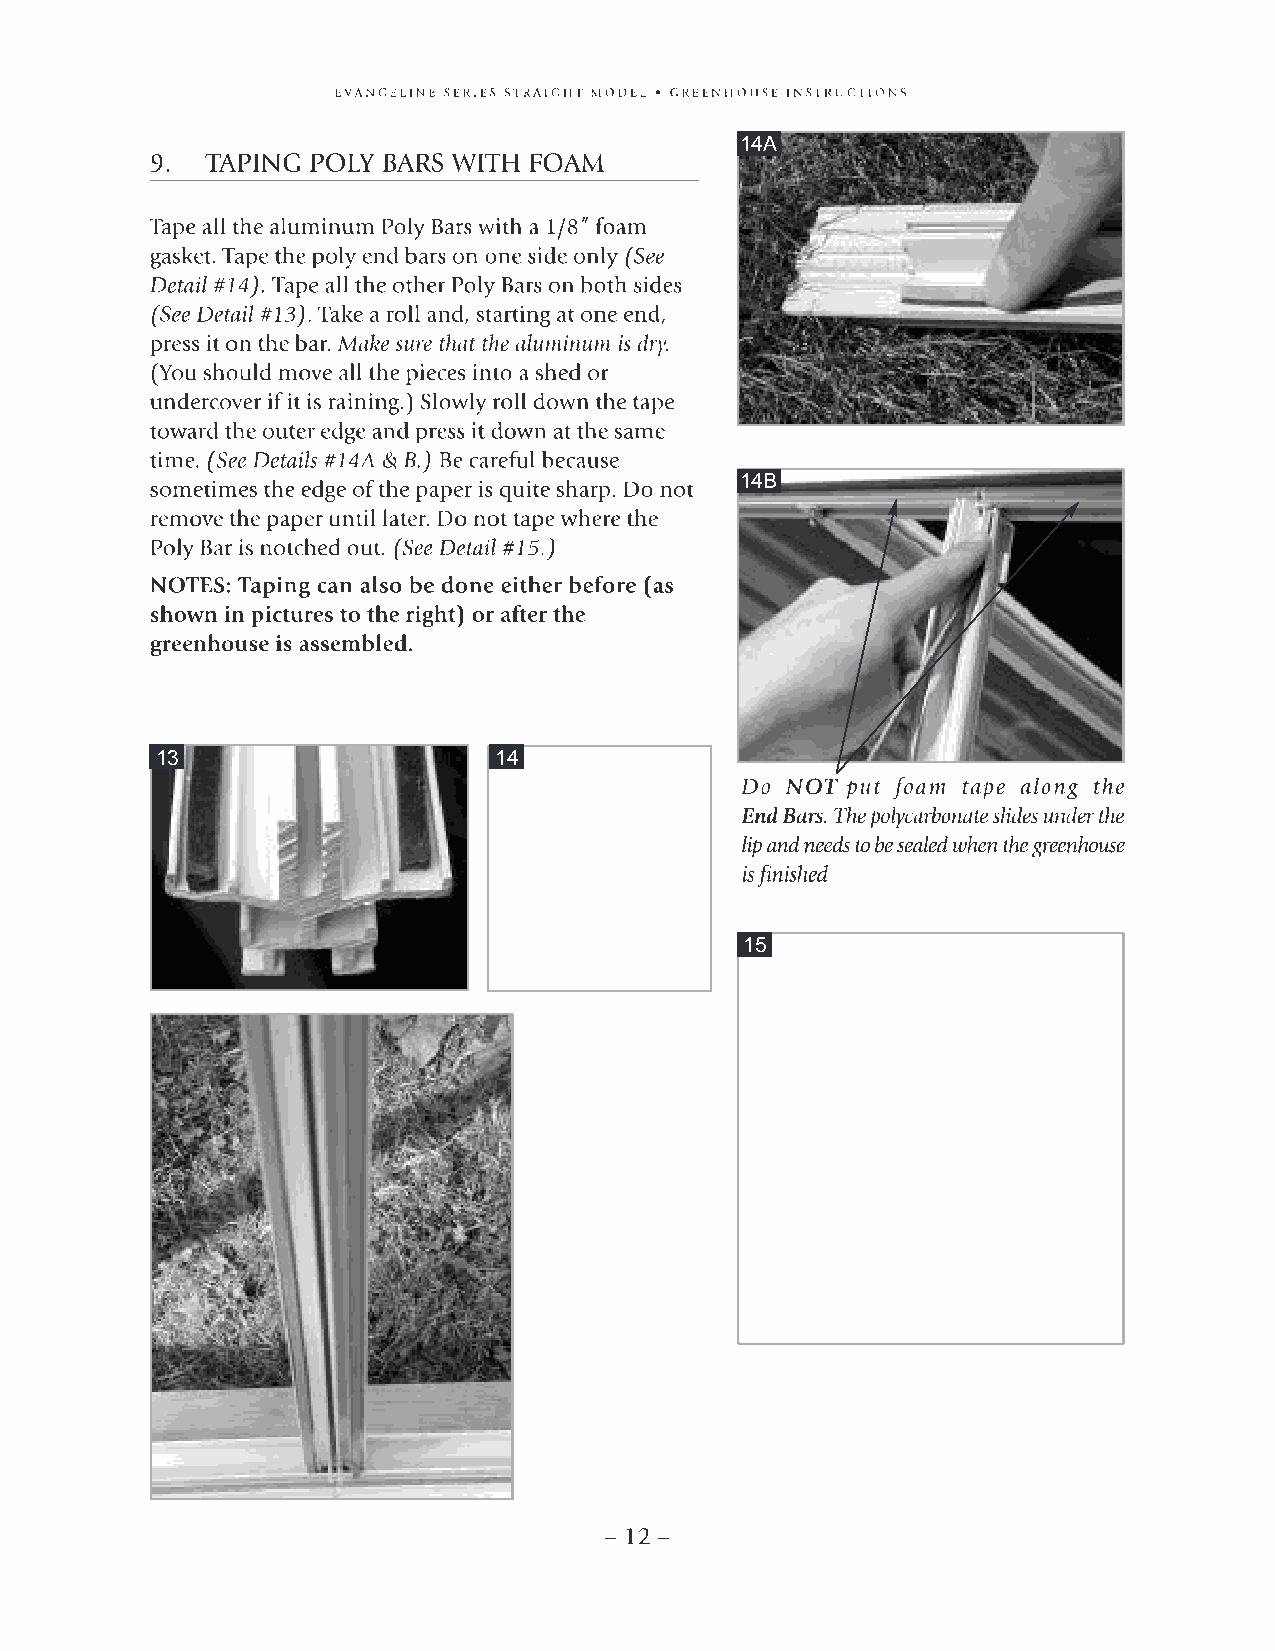
14A
 14B
 13                     14
 15